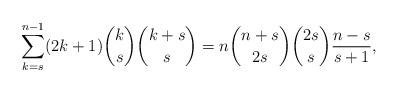
LaTeX: \begin{align*}\sum_{k=s}^{n-1}(2k+1){k\choose s}{k+s\choose s}=n{n+s\choose 2s}{2s\choose s}\frac{n-s}{s+1},\end{align*}